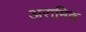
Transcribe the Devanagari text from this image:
अरामिक